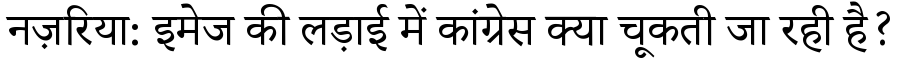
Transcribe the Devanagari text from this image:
नज़रिया: इमेज की लड़ाई में कांग्रेस क्या चूकती जा रही है?